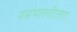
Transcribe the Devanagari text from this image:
रमणलीला